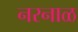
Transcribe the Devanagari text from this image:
नरनाळ